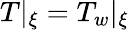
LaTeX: T|_{\xi}=T_{w}\vert_{\xi}